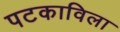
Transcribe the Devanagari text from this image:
पटकाविला